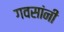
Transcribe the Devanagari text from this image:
गवसांनी